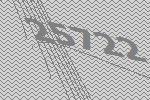
25722